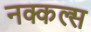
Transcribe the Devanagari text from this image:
नक्कल्स